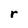
Character: r